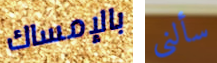
بالإمساك سألنى